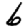
Digit: 6